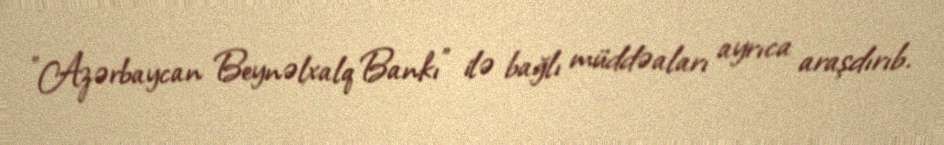
"Azərbaycan Beynəlxalq Bankı" ilə bağlı müddəaları ayrıca araşdırıb.